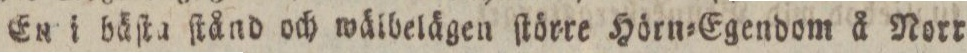
En i bäſta ſtånd och wäibelägen ſtörre Hörn=Egendom å Norr